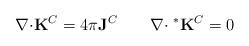
LaTeX: \begin{align*}\mathbf{\nabla \cdot} {\mathbf{ K}}^{C} = 4\pi{\mathbf{ J}}^{C} \qquad\mathbf{\nabla \cdot} \;^{*}{\mathbf{ K}}^{C} = 0\end{align*}